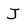
Character: J